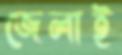
জেলাই